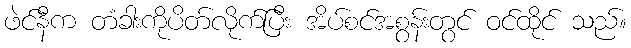
ဖဲင်နီက တံခါးကိုပိတ်လိုက်ပြီး အိပ်စင်အစွန်းတွင် ဝင်ထိုင် သည်။